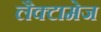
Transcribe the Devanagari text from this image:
लैक्टामेज